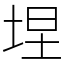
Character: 㘿